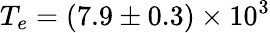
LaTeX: T_{e}=(7.9\pm 0.3)\times 10^{3}